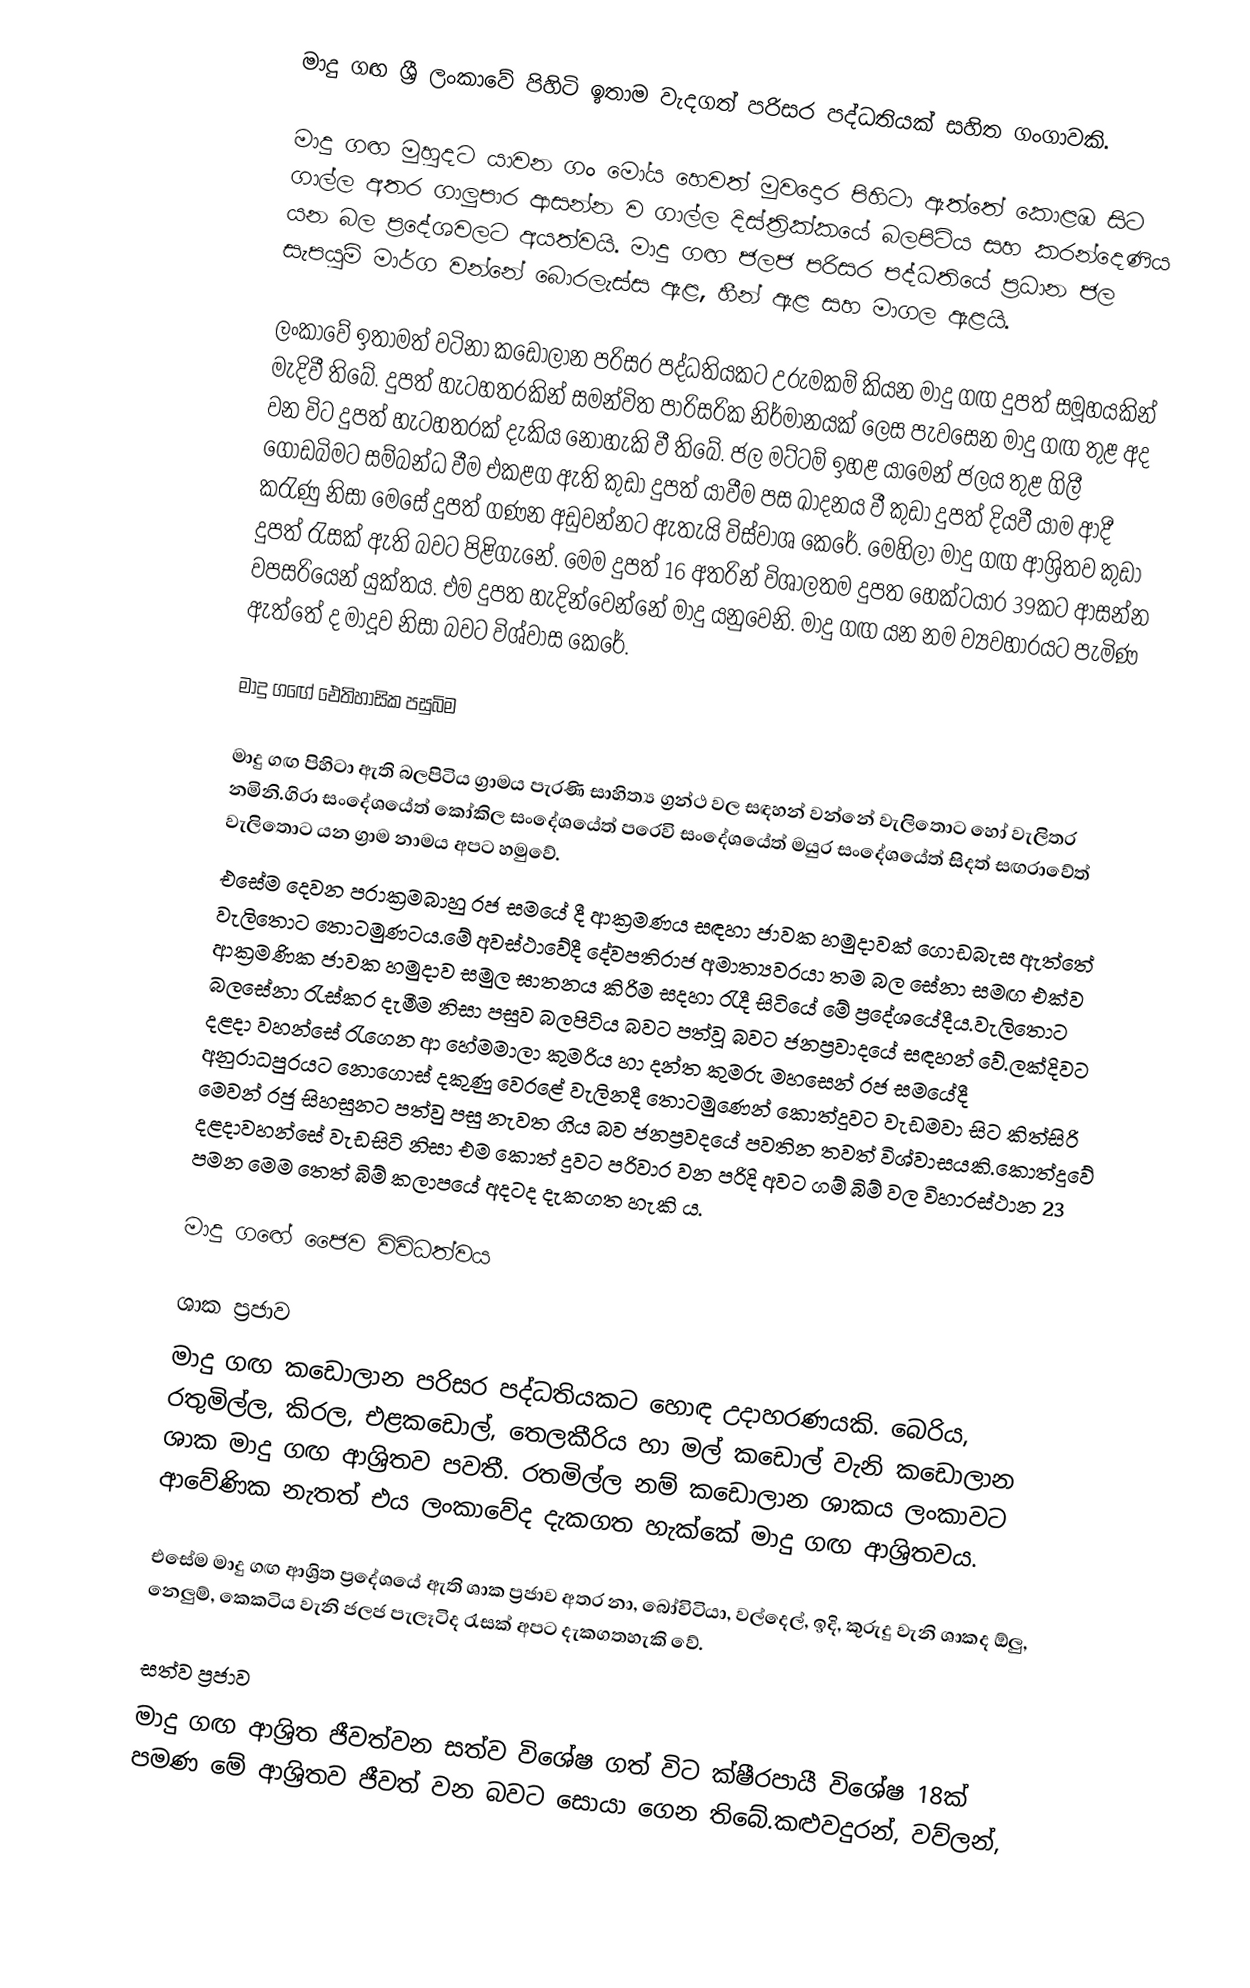
මාදු ගඟ ශ්‍රී ලංකාවේ පිහිටි ඉතාම වැදගත් පරිසර පද්ධතියක් සහිත ගංගාවකි.

මාදු ගඟ මුහුදට යාවන ගං මෝය හෙවත් මුවදොර පිහිටා ඇත්තේ කොළඹ සිට ගාල්ල අතර ගාලුපාර ආසන්න ව ගාල්ල දිස්ත්‍රික්කයේ බලපිටිය සහ කරන්දෙණිය යන බල ප්‍රදේශවලට අයත්වයි. මාදු ගඟ ජලජ පරිසර පද්ධතියේ ප්‍රධාන ජල සැපයුම් මාර්ග වන්නේ බොරලැස්ස ඇළ, හීන් ඇළ සහ මාගල ඇළයි.

ලංකාවේ ඉතාමත් වටිනා කඩොලාන පරිසර පද්ධතියකට උරුමකම් කියන මාදු ගඟ දුපත් සමූහයකින් මැදිවී තිබේ. දුපත් හැටහතරකින් සමන්විත පාරිසරික නිර්මානයක් ලෙස පැවසෙන මාදු ගඟ තුළ අද වන විට දුපත් හැටහතරක් දැකිය නොහැකි වී තිබේ. ජල මට්ටම් ඉහළ යාමෙන් ජලය තුළ ගිලී ගොඩබිමට සම්බන්ධ වීම එකළග ඇති කුඩා දුපත් යාවීම පස ඛාදනය වී කුඩා දුපත් දියවී යාම ආදී කරැණු නිසා මෙසේ දුපත් ගණන අඩුවන්නට ඇතැයි විස්වාශ කෙරේ. මෙහිලා මාදු ගඟ ආශ්‍රිතව කුඩා දුපත් රැසක් ඇති බවට පිළිගැනේ. මෙම දුපත් 16 අතරින් විශාලතම දුපත හෙක්ටයාර 39කට ආසන්න වපසරියෙන් යුක්තය. එම දුපත හැදින්වෙන්නේ මාදු යනුවෙනි. මාදු ගඟ යන නම ව්‍යවහාරයට පැමිණ ඇත්තේ ද මාදූව නිසා බවට විශ්වාස කෙරේ.

මාදු ගඟේ ඓතිහාසික පසුබිම

මාදු ගඟ පිහිටා ඇති බලපිටිය ග්‍රාමය පැරණි සාහිත්‍ය ග්‍රන්ථ වල සඳහන් වන්නේ වැලිතොට හෝ වැලිතර නමිනි.ගිරා සංදේශයේත් කෝකිල සංදේශයේත්  පරෙවි සංදේශයේත් මයුර සංදේශයේත් සිදත් සඟරාවේත් වැලිතොට යන ග්‍රාම නාමය අපට හමුවේ.
එසේම දෙවන පරාක්‍රමබාහු රජ සමයේ දී ආක්‍රමණය සඳහා ජාවක හමුදාවක් ගොඩබැස ඇත්තේ වැලිතොට තොටමුණටය.මේ අවස්ථා‍වේදී දේවපතිරාජ අමාත්‍යවරයා තම බල සේනා සමඟ එක්ව ආක්‍රමණික ජාවක හමුදාව සමුල ඝාතනය කිරිම සදහා රැදී සිටියේ මේ ප්‍රදේශයේදීය.වැලිතොට බලසේනා රැස්කර දැමීම නිසා පසුව බලපිටිය බවට පත්වූ බවට ජනප්‍රවාදයේ සඳහන් වේ.ලක්දිවට දළදා වහන්සේ රැගෙන ආ හේමමාලා කුමරිය හා දන්ත කුමරු මහසෙන් රජ සමයේදී අනුරාධපුරයට නොගොස් දකුණු වෙරළේ වැලිනදී තොටමුණෙන් කොත්දුවට වැඩමවා සිට කිත්සිරි මෙවන් රජු සිහසුනට පත්වු පසු නැවත ගිය බව ජනප්‍රවදයේ පවතින තවත් විශ්වාසයකි.කොත්දුවේ දළදාවහන්සේ වැඩසිටි නිසා එම කොත් දුවට පරිවාර වන පරිදි අවට ගම් බිම් වල විහාරස්ථාන 23 පමන මෙම තෙත් බිම් කලාපයේ අදටද දැකගත හැකි ය.

මාදු ගඟේ ජෛව විවිධත්වය

ශාක ප්‍රජාව
		මාදු ගඟ කඩොලාන පරිසර පද්ධතියකට හොඳ උදාහරණයකි. බෙරිය, රතුමිල්ල, කිරල, එළකඩොල්, තෙලකීරිය හා මල් කඩොල් වැනි කඩොලාන ශාක මාදු ගඟ ආශ්‍රිතව පවතී. රතමිල්ල නම් කඩොලාන ශාකය ලංකාවට ආවේණික නැතත් එය ලංකාවේද දැකගත හැක්කේ මාදු ගඟ ආශ්‍රිතවය.

		එසේම මාදු ගඟ ආශ්‍රිත ප්‍රදේශයේ ඇති ශාක ප්‍රජාව අතර නා, බෝවිටියා, වල්දෙල්, ඉදි, කුරුදු වැනි ශාකද ඕලු, නෙලුම්, කෙකටිය වැනි ජලජ පැලෑටිද රැසක් අපට දැකගතහැකි වේ.

සත්ව ප්‍රජාව
		මාදු ගඟ ආශ්‍රිත ජීවත්වන සත්ව විශේෂ ගත් විට ක්ෂීරපායී විශේෂ 18ක් පමණ මේ ආශ්‍රිතව ජීවත් වන බවට සොයා ගෙන තිබේ.කළුවදුරන්, වව්ලන්,